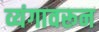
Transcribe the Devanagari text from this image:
व्यंगावरून